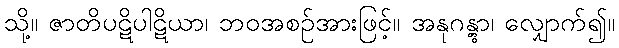
သို့။ ဇာတိပဋိပါဋိယာ၊ ဘဝအစဉ်အားဖြင့်။ အနုဂန္တွာ၊ လျှောက်၍။